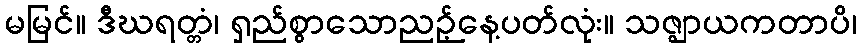
မမြင်။ ဒီဃရတ္တံ၊ ရှည်စွာသောညဉ့်နေ့ပတ်လုံး။ သဇ္ဈာယကတာပိ၊